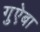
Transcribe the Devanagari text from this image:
गुऐबा